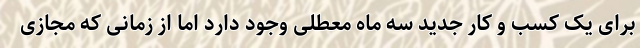
برای یک کسب و کار جدید سه ماه معطلی وجود دارد اما از زمانی که مجازی